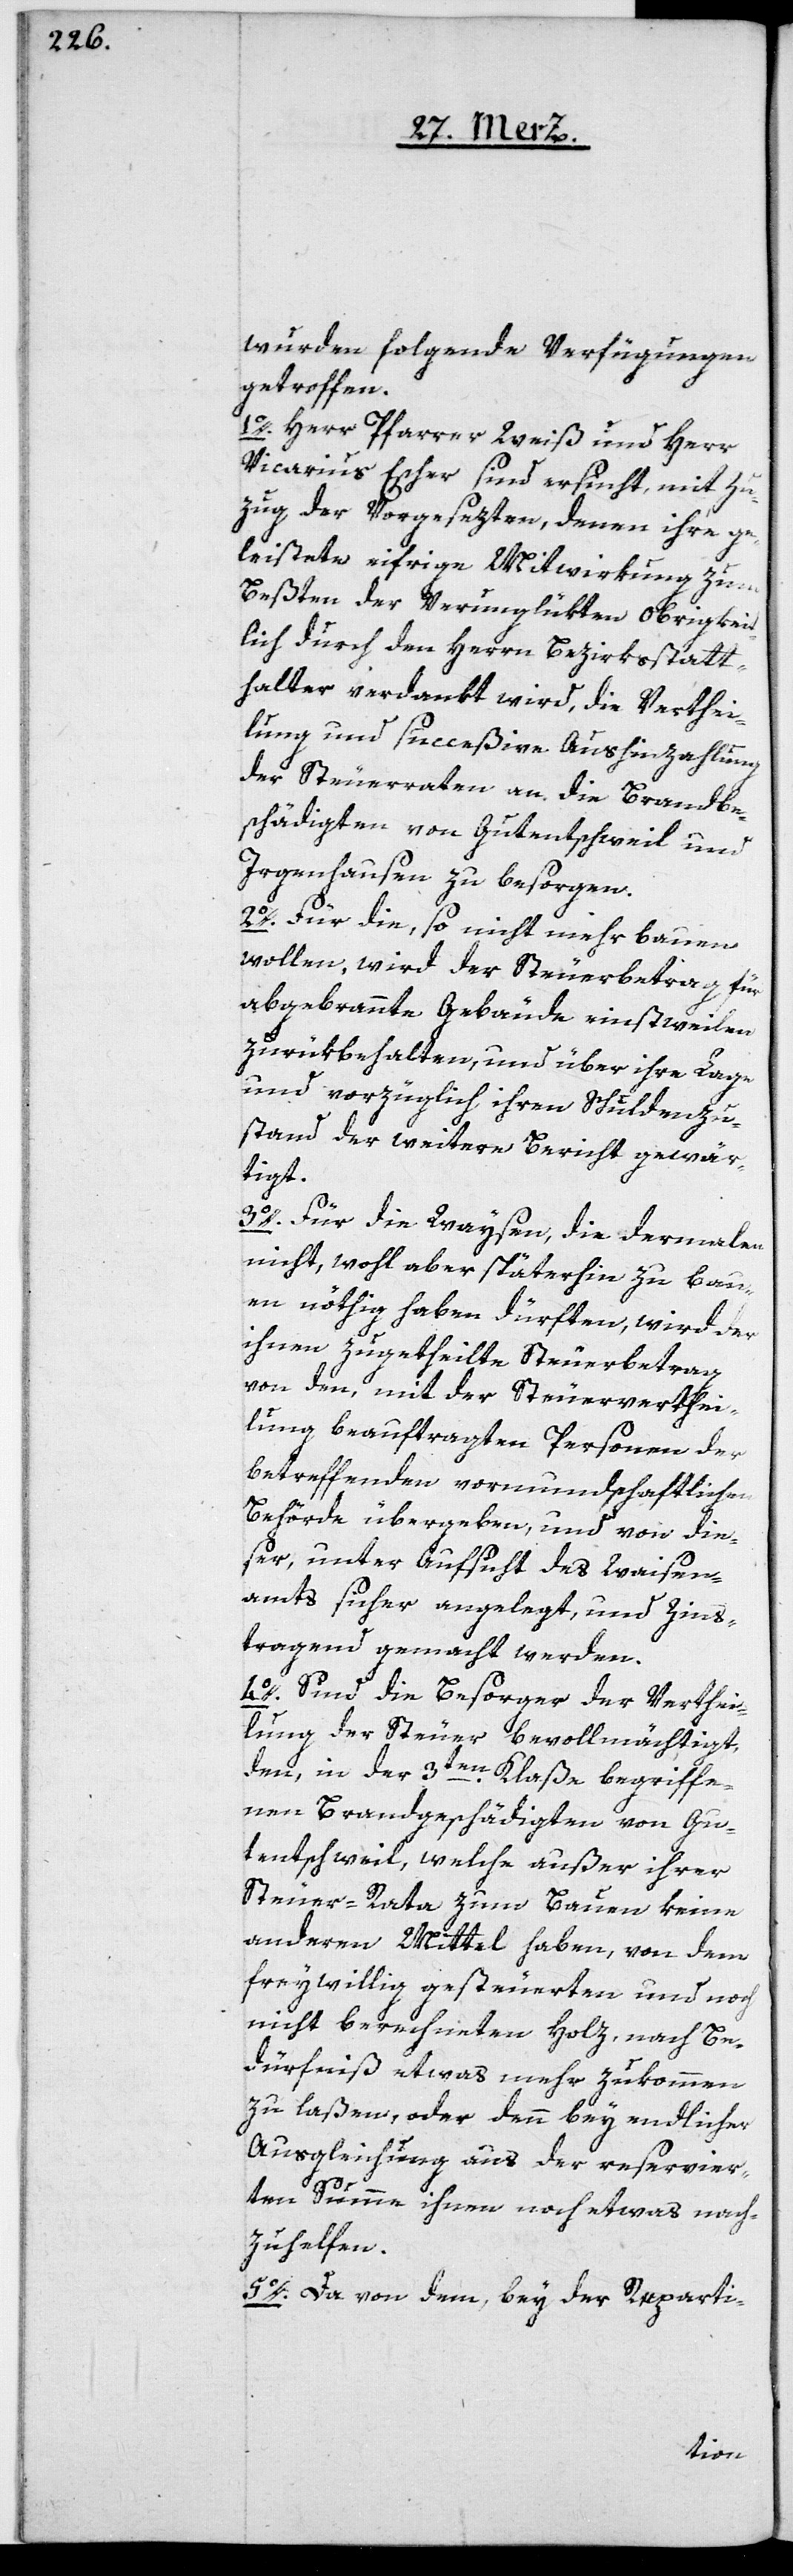
wurden folgende Vergütungen
getroffen:
1o. Herr Pfarrer Weiß und Herr
Vicarius Escher sind ersucht, mit Zu¬
zug der Vorgesezten, denen ihre ge¬
leistete eifrige Mitwirkung zum
Beßten der Verunglükten Obrigkeit¬
lich durch den Herrn Bezirksstatt¬
halter verdankt wird, die Verthei¬
lung und succeßive Aushinzahlung
der Steuerraten an die Brandbe¬
schädigten von Gutenschweil und
Irgenhausen zu besorgen.
2o. Für die, so nicht mehr bauen
wollen, wird der Steuerbetrag für
abgebrannte Gebäude einstweilen
zurükbehalten, und über ihre Lage
und vorzüglich ihren Schuldenzu¬
stand der weitere Bericht gewär¬
tigt.
3o. Für die Waysen, die dermalen
nicht, wohl aber späterhin zu Bau¬
en nöthig haben dürften, wird der
ihnen zugetheilte Steuerbetrag
von den, mit der Steuerverthei¬
lung beauftragten Personen der
betreffenden vormundschaftlichen
Behörde übergeben, und von die¬
ser, unter Aufsicht des Waisen¬
amts sicher angelegt, und zins¬
tragend gemacht werden.
4o. Sind die Besorger der Verthei¬
lung der Steuer bevollmächtigt,
den in der 3ten Klaße begriffe¬
nen Brandbeschädigten von Gu¬
tentschweil, welche außer ihrer
Steuer-Rata zum Bauen keine
anderen Mittel haben, von dem
freywillig gesteuerten und noch
nicht berechneten Holz, nach Be¬
dürfniß etwas mehr zukommen
zu laßen, oder denn bey endlicher
Ausgleichung aus der reservier¬
ten Summe ihnen noch etwas nach¬
zuhelfen.
5o. Da von dem, bey der Reparti-